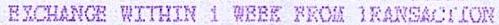
EXCHANGE WITHIN 1 WEEK FROM TRANSACTION